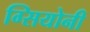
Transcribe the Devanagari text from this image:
ग्सियोनी